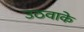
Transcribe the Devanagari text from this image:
उठवाके